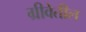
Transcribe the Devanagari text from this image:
ग्रीवेतील